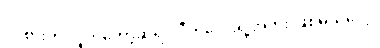
ဝင်စားတဲ့ လူကတော့ဆိုရင် ဒီကလေးရဲ့အဘိုး ဖြစ်မယ်ပေါ့။